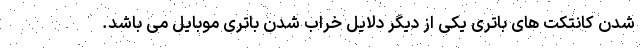
شدن کانتکت های باتری یکی از دیگر دلایل خراب شدن باتری موبایل می باشد.